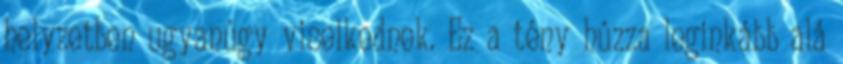
helyzetben ugyanúgy viselkednek. Ez a tény húzza leginkább alá